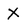
Character: X